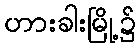
ဟားခါးမြို့၌